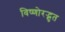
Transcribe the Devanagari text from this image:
विष्णोरद्भुत